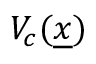
V _ { c } ( \underline { { x } } )